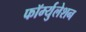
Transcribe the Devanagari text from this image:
फॉर्म्युलेशन